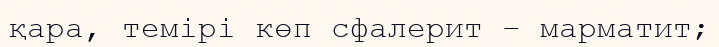
қара, темірі көп сфалерит – марматит;